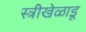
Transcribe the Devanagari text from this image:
स्त्रीखेळाडू